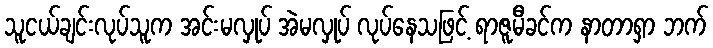
သူငယ်ချင်းလုပ်သူက အင်းမလှုပ် အဲမလှုပ် လုပ်နေသဖြင့် ရာဇူမီခင်က နာတာရှာ ဘက်